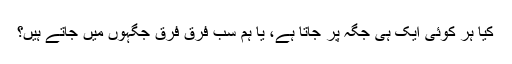
کیا ہر کوئی ایک ہی جگہ پر جاتا ہے، یا ہم سب فرق فرق جگہوں میں جاتے ہیں؟